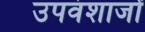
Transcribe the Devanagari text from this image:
उपवंशाजों